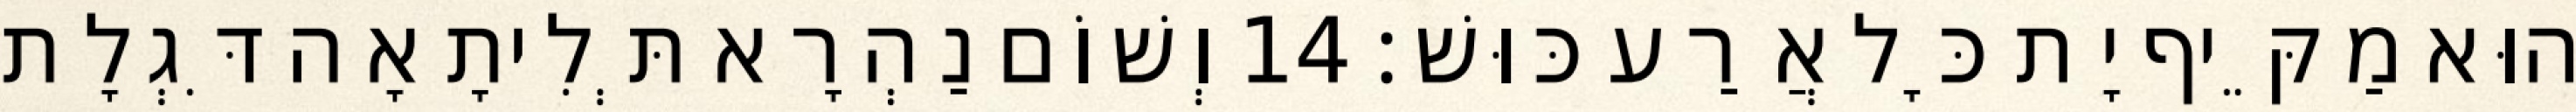
הוּא מַקֵּיף יָת כָּל אֲרַע כּוּשׁ׃ 14 וְשׁוֹם נַהְרָא תְּלִיתָאָה דִּגְלָת